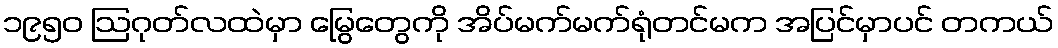
၁၉၅၀ ဩဂုတ်လထဲမှာ မြွေတွေကို အိပ်မက်မက်ရုံတင်မက အပြင်မှာပင် တကယ်